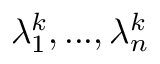
\lambda _ { 1 } ^ { k } , . . . , \lambda _ { n } ^ { k }